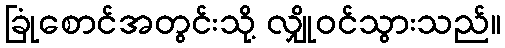
ခြုံစောင်အတွင်းသို့ လျှိုဝင်သွားသည်။